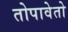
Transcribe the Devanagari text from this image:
तोपावेतो